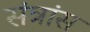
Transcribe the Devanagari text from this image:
संत्रांस